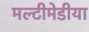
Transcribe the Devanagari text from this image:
मल्टीमेडीया